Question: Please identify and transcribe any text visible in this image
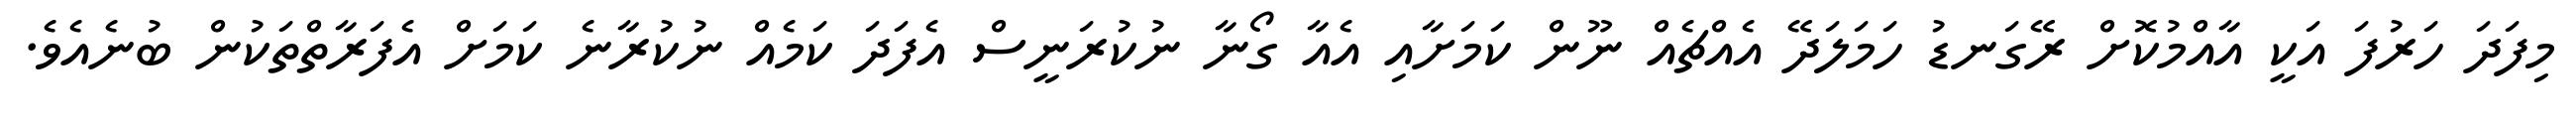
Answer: މިފަދަ ހަރުފަ އަކީ އާއްމުކޮށް ރޭގަނޑު ހަމަލަދޭ އެއްޗެއް ނޫން ކަމަށާއި އެއާ ގޯނާ ނުކުރަނީސް އެފަދަ ކަމެއް ނުކުރާނެ ކަމަށް އެފަރާތްތަކުން ބުނެއެވެ.